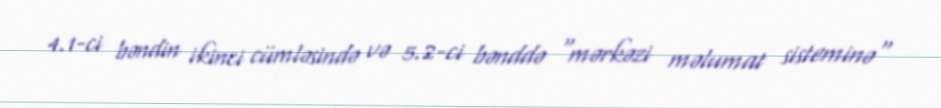
4.1-ci bəndin ikinci cümləsində və 5.2-ci bənddə "mərkəzi məlumat sisteminə"